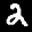
Label: 2